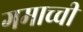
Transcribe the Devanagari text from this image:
गमाच्ची